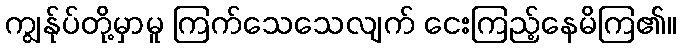
ကျွန်ုပ်တို့မှာမူ ကြက်သေသေလျက် ငေးကြည့်နေမိကြ၏။